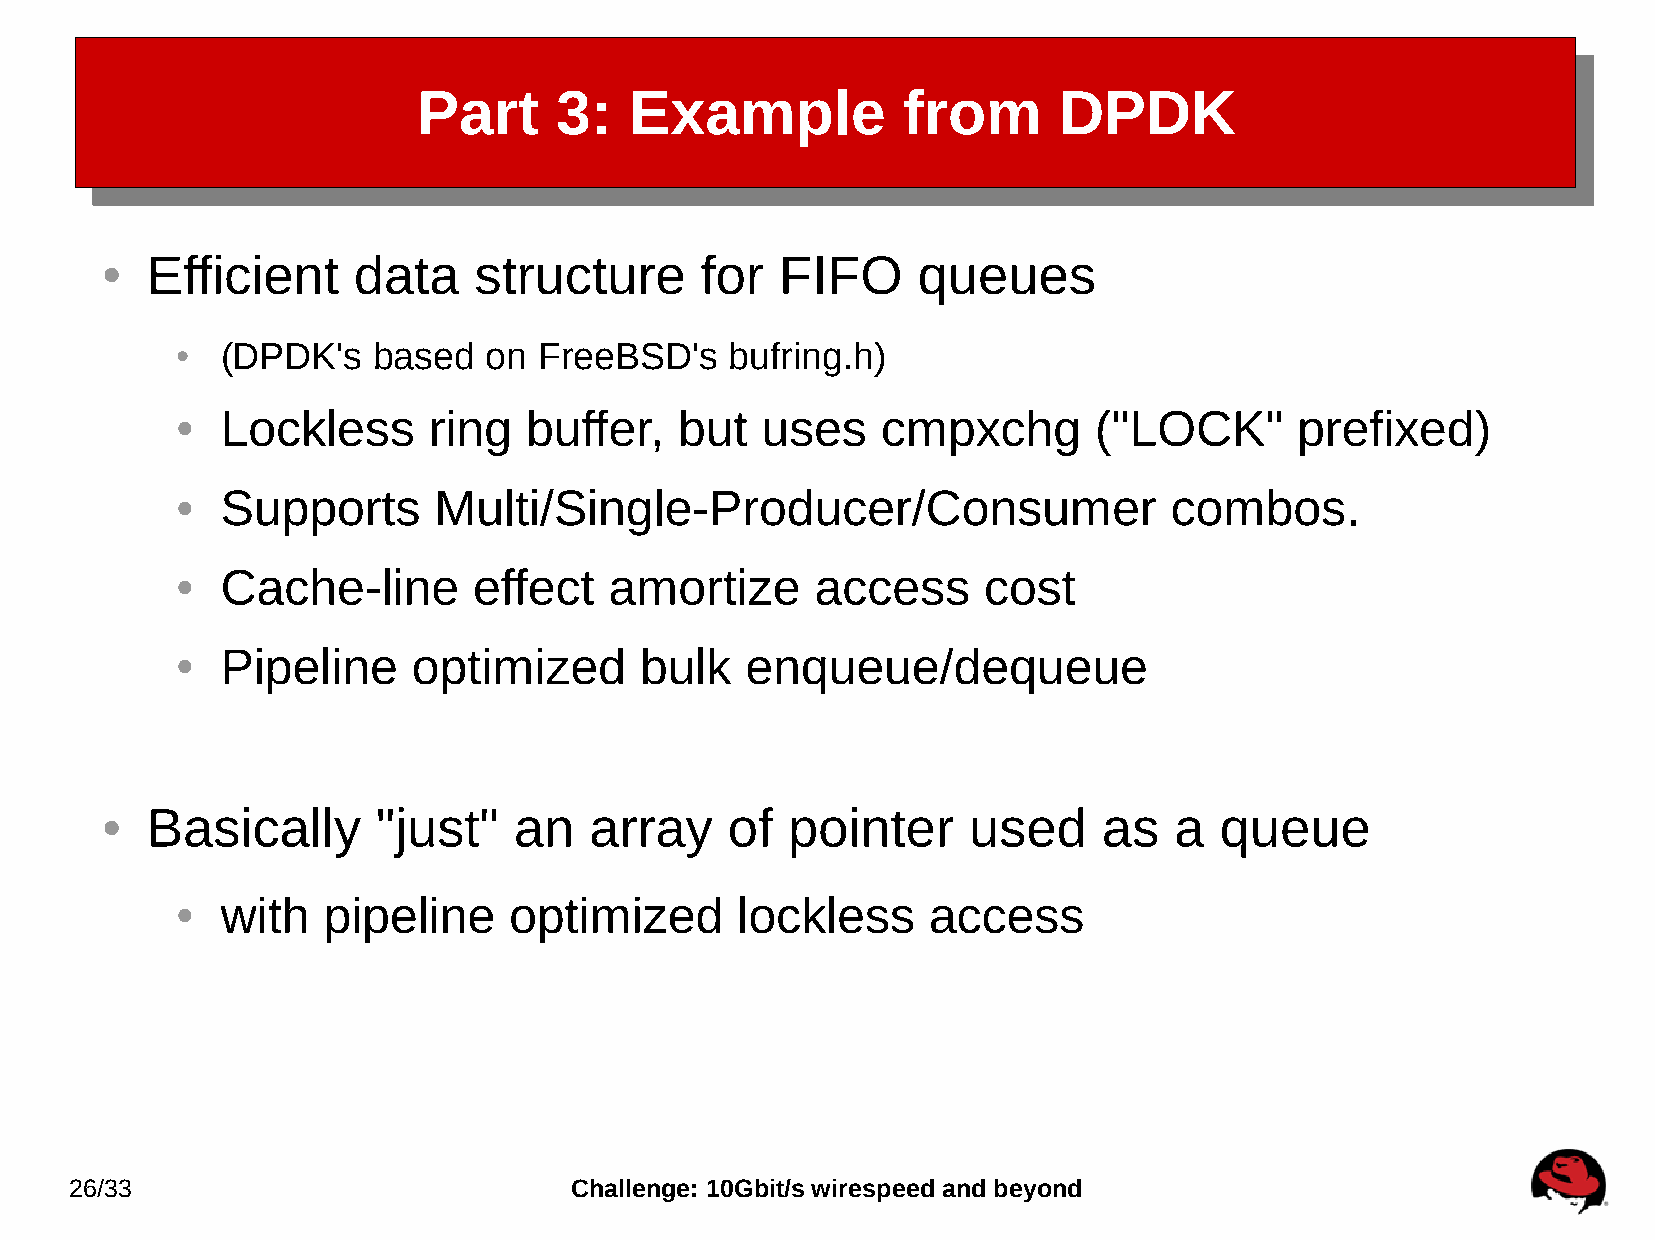
Part     3:   Example           from      DPDK
 Efficient    data    structure      for   FIFO     queues
 ●
 (DPDK's   based  on  FreeBSD's   bufring.h)
 ●
 Lockless     ring   buffer,   but  uses    cmpxchg       ("LOCK"       prefixed)
 ●
 Supports      Multi/Single-Producer/Consumer                  combos.
 ●
 Cache-line      effect   amortize      access     cost
 ●
 Pipeline    optimized      bulk   enqueue/dequeue
 ●
 Basically      "just"   an   array    of  pointer     used     as   a  queue
 ●
 with  pipeline     optimized      lockless    access
 ●
 26/33                            Challenge: 10Gbit/s wirespeed and beyond